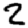
Digit: 2